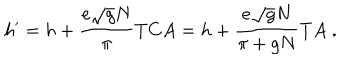
LaTeX: h ^ { \prime } = h + \frac { e \sqrt { g } N } { \pi } T C A = h + \frac { e \sqrt { g } N } { \pi + g N } T A \; .